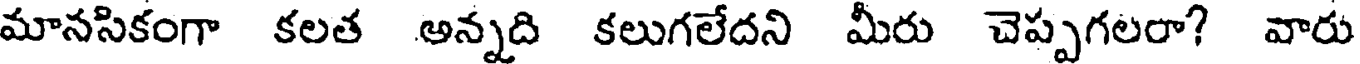
మానసికంగా కలత అన్నది కలుగలేదని మీరు చెప్పగలరా? వారు